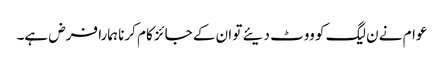
عوام نے ن لیگ کو ووٹ دیئے تو ان کے جائز کام کرنا ہمارا فرض ہے۔